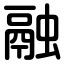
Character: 融